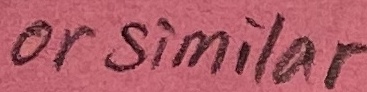
Text: or similar